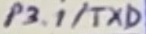
Text: P3.1/TXD